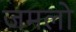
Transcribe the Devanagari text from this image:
जमलो